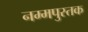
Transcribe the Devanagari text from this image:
नम्मपुस्तक